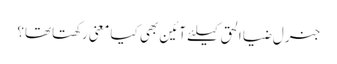
جنرل ضیا الحق کیلئے آئین بھی کیا معنی رکھتاتھا؟